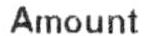
AMOUNT